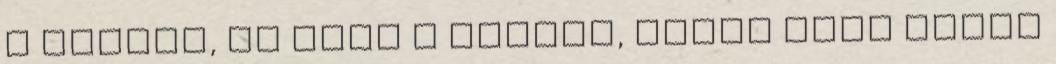
a kérdés, ki lesz a bajnok, hanem hogy mikor